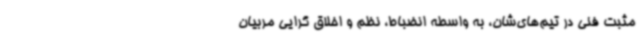
مثبت فنی در تیم‌های‌شان، به واسطه انضباط، نظم و اخلاق گرایی مربیان